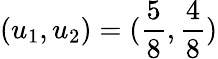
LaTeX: (u_{1},u_{2})=(\frac{5}{8},\frac{4}{8})